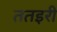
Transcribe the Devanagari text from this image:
ततइरी